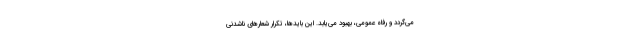
می‌گردد و رفاه عمومی، بهبود می‌یابد. این بایدها، تکرار شعارهای ناشدنی